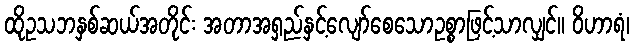
ထိုဥသဘနှစ်ဆယ်အတိုင်း အတာအရှည်နှင့်လျော်စေသောဥစ္စာဖြင့်သာလျှင်။ ဝိဟာရံ၊